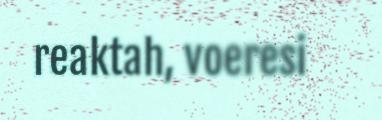
reaktah, voeresi